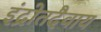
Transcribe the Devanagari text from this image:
इंद्रोतदैवाय